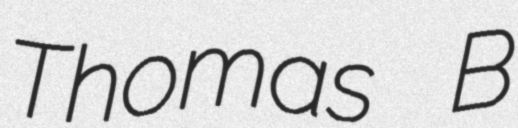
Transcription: Thomas B